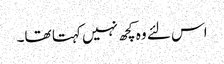
اس لئے وہ کچھ نہیں کہتا تھا۔